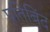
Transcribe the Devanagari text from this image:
प्रतिबिंद